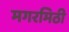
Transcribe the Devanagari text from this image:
मगरमिठी